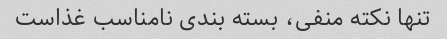
تنها نکته منفی، بسته بندی نامناسب غذاست